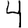
Digit: 4